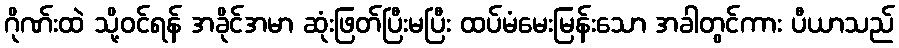
ဂိုဏ်းထဲ သို့ဝင်ရန် အခိုင်အမာ ဆုံးဖြတ်ပြီးမပြီး ထပ်မံမေးမြန်းသော အခါတွင်ကား ပီယာသည်